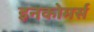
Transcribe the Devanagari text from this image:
इनकोमर्स